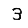
Digit: 3